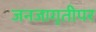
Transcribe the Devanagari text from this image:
जनजागृतीपर